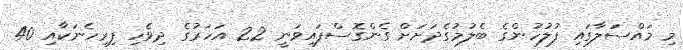
މި މައްސަލާގައި ފުލުހުންގެ ބެލުމުގެދަށަށް ގެންގޮސްފައިވަނީ 22 އަހަރުގެ ދިވެހި ފިރިހެނަކާއި 40